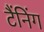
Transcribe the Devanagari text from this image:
टैंनिंग